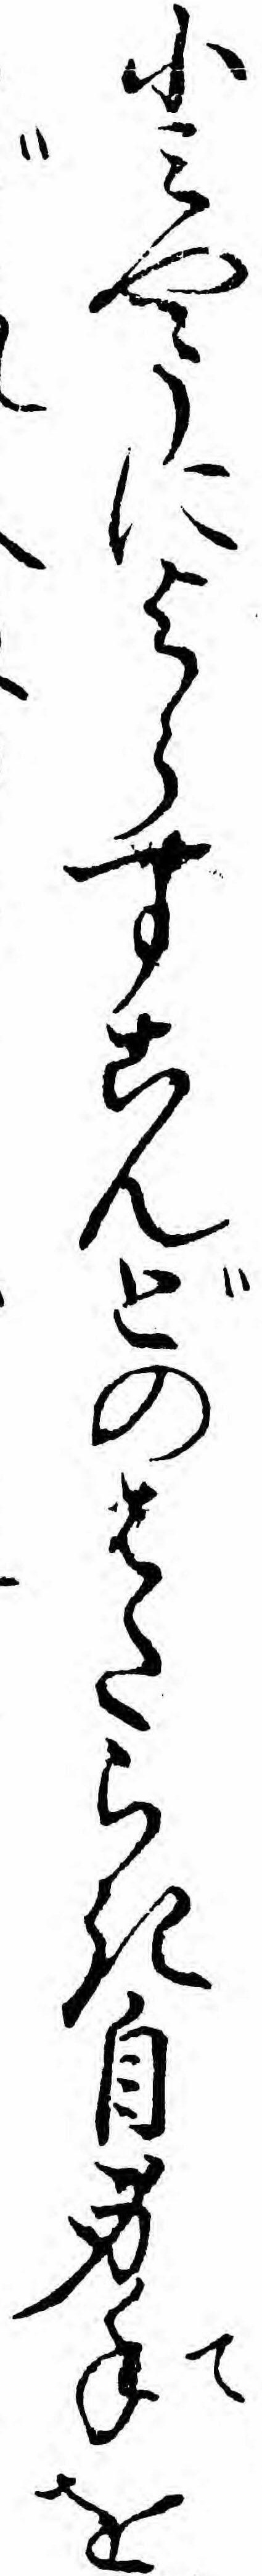
小ミやうによらすこんどのはたらき自身手を